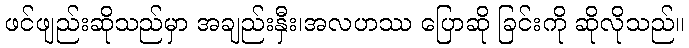
ဖင်ဖျည်းဆိုသည်မှာ အချည်းနှီး၊အလဟဿ ပြောဆို ခြင်းကို ဆိုလိုသည်။